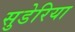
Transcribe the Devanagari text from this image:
सुडेरिया